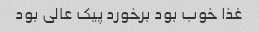
غذا خوب بود برخورد پیک عالی بود